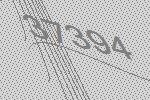
37394